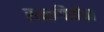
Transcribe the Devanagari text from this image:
रत्नगिरीचा